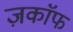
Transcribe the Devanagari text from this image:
ज़काॅफ